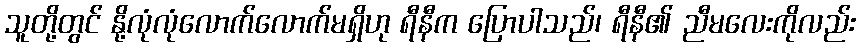
သူတို့တွင် နို့လုံလုံလောက်လောက်မရှိဟု ရီနီက ပြောပါသည်၊ ရီနီ၏ ညီမလေးကိုလည်း